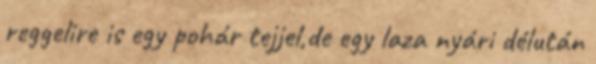
reggelire is egy pohár tejjel,de egy laza nyári délután